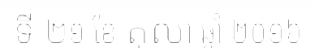
ទី ២១ ខែ តុលា ឆ្នាំ ២០១៦